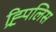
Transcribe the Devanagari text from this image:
ह्र्पिलिस